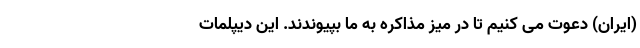
(ایران) دعوت می کنیم تا در میز مذاکره به ما بپیوندند. این دیپلمات